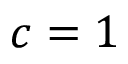
c = 1